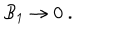
{ \cal B } _ { 1 } \rightarrow 0 \ .